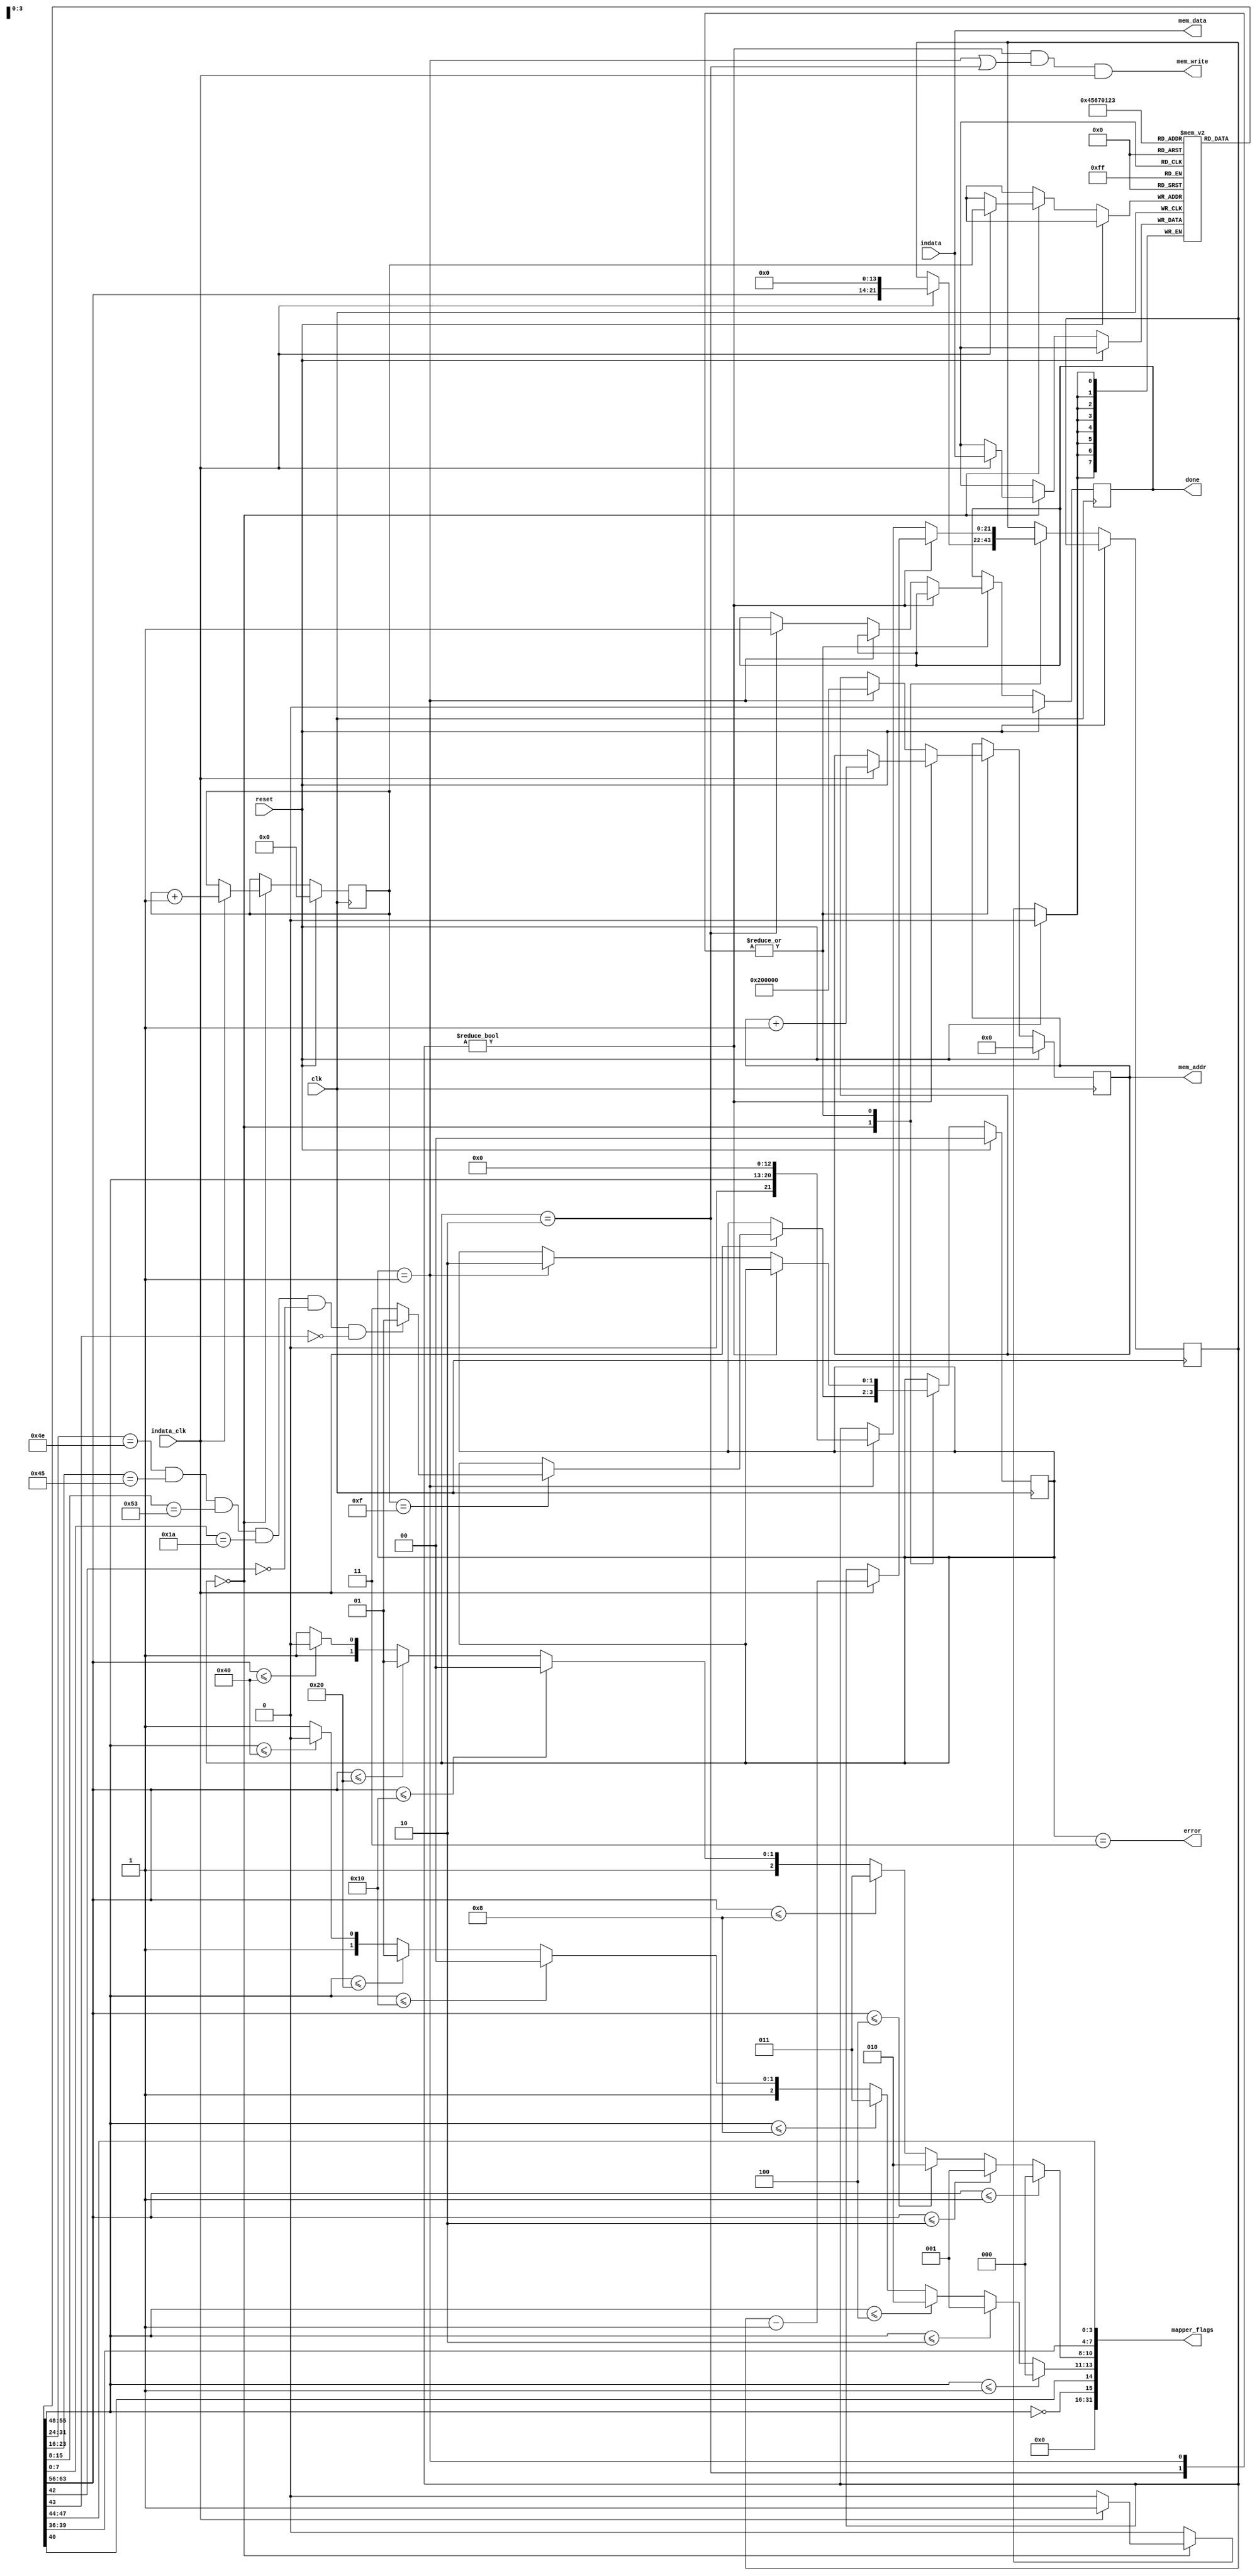
module GameLoader(input clk, input reset,
                  input [7:0] indata, input indata_clk,
                  output reg [21:0] mem_addr, output [7:0] mem_data, output mem_write,
                  output [31:0] mapper_flags,
                  output reg done,
                  output error);
  reg [1:0] state = 0;
  reg [7:0] prgsize;
  reg [3:0] ctr;
  reg [7:0] ines[0:15]; 
  reg [21:0] bytes_left;
  assign error = (state == 3);
  wire [7:0] prgrom = ines[4];
  wire [7:0] chrrom = ines[5];
  assign mem_data = indata;
  assign mem_write = (bytes_left != 0) && (state == 1 || state == 2) && indata_clk;
  wire [2:0] prg_size = prgrom <= 1  ? 0 :
                        prgrom <= 2  ? 1 : 
                        prgrom <= 4  ? 2 : 
                        prgrom <= 8  ? 3 : 
                        prgrom <= 16 ? 4 : 
                        prgrom <= 32 ? 5 : 
                        prgrom <= 64 ? 6 : 7;
  wire [2:0] chr_size = chrrom <= 1  ? 0 : 
                        chrrom <= 2  ? 1 : 
                        chrrom <= 4  ? 2 : 
                        chrrom <= 8  ? 3 : 
                        chrrom <= 16 ? 4 : 
                        chrrom <= 32 ? 5 : 
                        chrrom <= 64 ? 6 : 7;
  wire [7:0] mapper = {ines[7][7:4], ines[6][7:4]};
  wire has_chr_ram = (chrrom == 0);
  assign mapper_flags = {16'b0, has_chr_ram, ines[6][0], chr_size, prg_size, mapper};
  always @(posedge clk) begin
    if (reset) begin
      state <= 0;
      done <= 0;
      ctr <= 0;
      mem_addr <= 0;  
    end else begin
      case(state)
      0: if (indata_clk) begin
           ctr <= ctr + 1;
           ines[ctr] <= indata;
           bytes_left <= {prgrom, 14'b0};
           if (ctr == 4'b1111)
             state <= (ines[0] == 8'h4E) && (ines[1] == 8'h45) && (ines[2] == 8'h53) && (ines[3] == 8'h1A) && !ines[6][2] && !ines[6][3] ? 1 : 3;
         end
      1, 2: begin 
          if (bytes_left != 0) begin
            if (indata_clk) begin
              bytes_left <= bytes_left - 1;
              mem_addr <= mem_addr + 1;
            end
          end else if (state == 1) begin
            state <= 2;
            mem_addr <= 22'b10_0000_0000_0000_0000_0000; 
            bytes_left <= {1'b0, chrrom, 13'b0};
          end else if (state == 2) begin
            done <= 1;
          end
        end
      endcase
    end
  end
endmodule